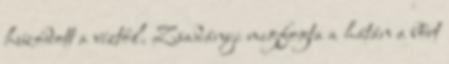
húzódott a víztől. Zsadányi megfogta a hátán a bőrt